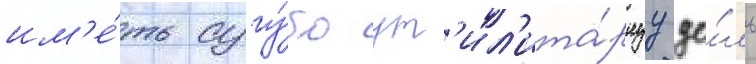
им'е́ть сугу́бо ут'ил'ита́рнуу це́ль